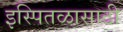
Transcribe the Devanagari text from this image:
इस्पितळासाठी